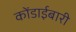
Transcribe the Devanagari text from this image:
कोंडाईबारी